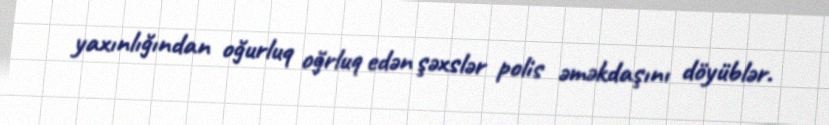
yaxınlığından oğurluq oğrluq edən şəxslər polis əməkdaşını döyüblər.